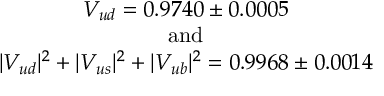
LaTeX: \begin{array} { c } { { V _ { u d } = 0 . 9 7 4 0 \pm 0 . 0 0 0 5 } } \\ { { \mathrm { a n d } } } \\ { { | V _ { u d } | ^ { 2 } + | V _ { u s } | ^ { 2 } + | V _ { u b } | ^ { 2 } = 0 . 9 9 6 8 \pm 0 . 0 0 1 4 } } \end{array}